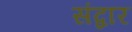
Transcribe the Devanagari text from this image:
संद्वार